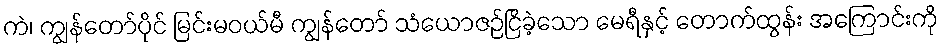
ကဲ၊ ကျွန်တော်ပိုင် မြင်းမဝယ်မီ ကျွန်တော် သံယောဇဉ်ငြိခဲ့သော မေရီနှင့် တောက်ထွန်း အကြောင်းကို